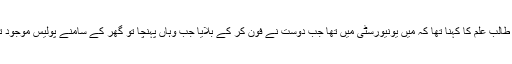
اس حوالے سے جب اردو نیوز نے طلبہ سے رابطہ کیا تو دانیال عبداللہ نامی طالب علم کا کہنا تھا کہ میں یونیورسٹی میں تھا جب دوست نے فون کر کے بلایا جب وہاں پہنچا تو گھر کے سامنے پولیس موجود تھی اور میرے ساتھیوں کو فوری طور پر گھر خالی کرنے کا کہا جا رہا تھا۔